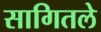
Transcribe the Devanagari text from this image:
सागितले